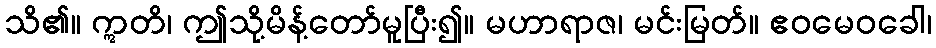
သိ၏။ ဣတိ၊ ဤသို့မိန့်တော်မူပြီး၍။ မဟာရာဇ၊ မင်းမြတ်။ ဧဝမေဝခေါ၊